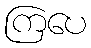
ကြပေ